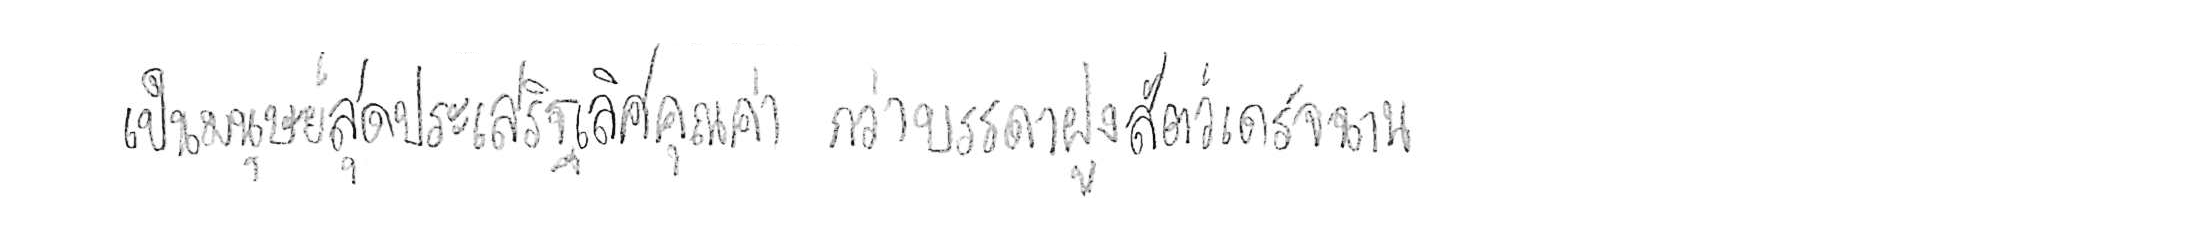
เป็นมนุษย์สุดประเสริฐเลิศคุณค่า กว่าบรรดาฝูงสัตว์เดรัจฉาน